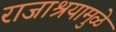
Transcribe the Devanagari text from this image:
राजाश्रयामुळे